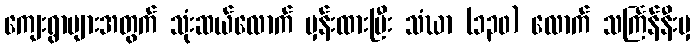
ကျေးရွာများအတွက် သုံးဆယ်လောက် မှန်းထားပြီး သံဃာ (၁၃၀) လောက် သင်္ကြန်နီးမှ